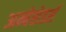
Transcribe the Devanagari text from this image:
अम्बेसेडर्स